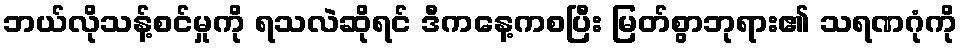
ဘယ်လိုသန့်စင်မှုကို ရသလဲဆိုရင် ဒီကနေ့ကစပြီး မြတ်စွာဘုရား၏ သရဏဂုံကို